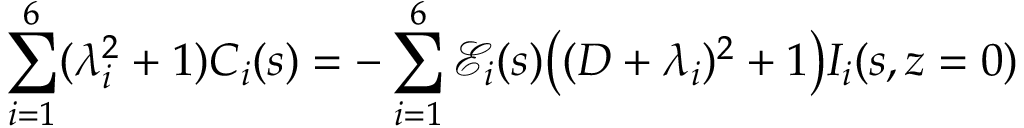
\sum _ { i = 1 } ^ { 6 } ( \lambda _ { i } ^ { 2 } + 1 ) C _ { i } ( s ) = - \sum _ { i = 1 } ^ { 6 } \mathscr { E } _ { i } ( s ) \big ( ( D + \lambda _ { i } ) ^ { 2 } + 1 \big ) I _ { i } ( s , z = 0 )